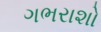
ગભરાશો